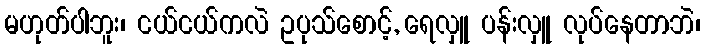
မဟုတ်ပါဘူး၊ ငယ်ငယ်ကလဲ ဥပုသ်စောင့်, ရေလှူ ပန်းလှူ လုပ်နေတာဘဲ၊